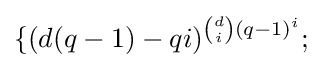
\{(d(q-1)-qi)^{{\binom {d}{i}}(q-1)^{i}};